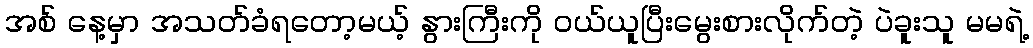
အစ် နေ့မှာ အသတ်ခံရတော့မယ့် နွားကြီးကို ဝယ်ယူပြီးမွေးစားလိုက်တဲ့ ပဲခူးသူ မမရဲ့